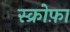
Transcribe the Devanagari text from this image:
स्क्रोफ़ा